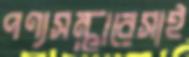
পণ্যসম্ভারেসাই